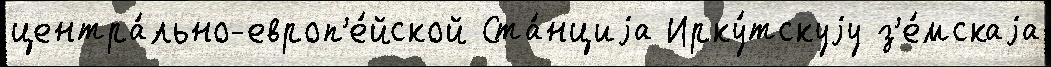
центра́льно-европ'е́йской Ста́нциjа Ирку́тскуjу з'е́мскаjа